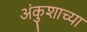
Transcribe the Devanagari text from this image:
अंकुशाच्या